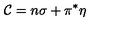
{ \cal { C } } = n \sigma + \pi ^ { * } \eta